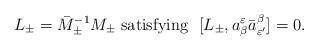
LaTeX: \begin{align*}L_\pm=\bar M^{-1}_\pm M_\pm \ \mbox{satisfying} \ \ [L_\pm,a^\varepsilon_\beta\bar a^\beta_{\varepsilon'}]=0.\end{align*}